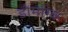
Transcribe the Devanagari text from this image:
डोमाग्क